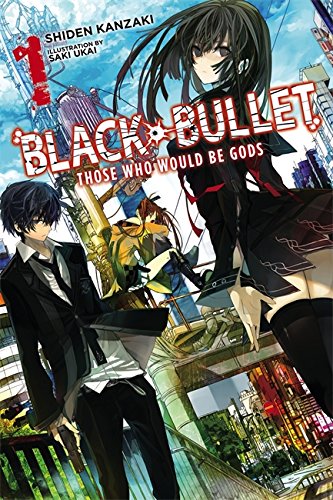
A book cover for Black Bullet, Vol. 1: Those Who Would Be Gods; Shiden Kanzaki; Comics & Graphic Novels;